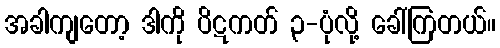
အခါကျတော့ ဒါကို ပိဋကတ် ၃-ပုံလို့ ခေါ်ကြတယ်။